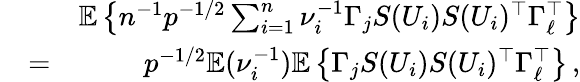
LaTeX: \begin{array}{rlr}&{}&{{\mathbb{E}}\left\{ n^{-1}p^{-1/2}\sum_{i=1}^{n}\nu_{i}^{-1}\Gamma_{j}S(U_{i})S(U_{i})^{\top}\Gamma_{\ell}^{\top}\right\} }\\ &{=}&{p^{-1/2}{\mathbb{E}}(\nu_{i}^{-1}){\mathbb{E}}\left\{ \Gamma_{j}S(U_{i})S(U_{i})^{\top}\Gamma_{\ell}^{\top}\right\} \, ,}\end{array}